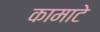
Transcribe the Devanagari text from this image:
कामाटे